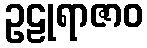
ဥဠုရာဇာဝ